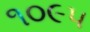
૧૦૯૫